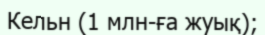
Кельн (1 млн-ға жуық);